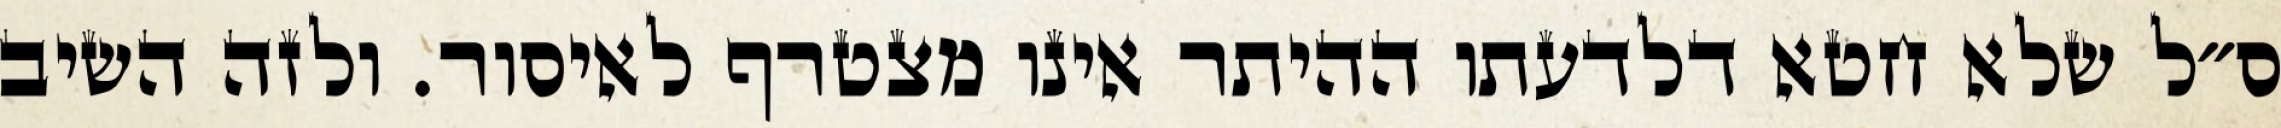
ס״ל שלא חטא דלדעתו ההיתר אינו מצטרף לאיסור. ולזה השיב